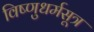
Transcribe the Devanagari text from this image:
विष्णुधर्मसूत्र